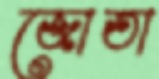
জোতা